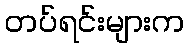
တပ်ရင်းများက